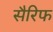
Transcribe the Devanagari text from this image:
सैरिफ